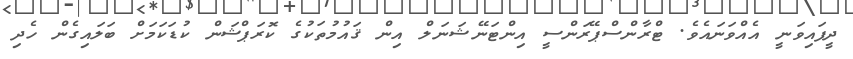
ދީފައިވަނީ އެއްވަނައެވެ. ޓްރާންސްޕޭރަންސީ އިންޓަނޭޝަނަލް އިން ޤައުމުތަކުގެ ކޮރަޕްޝަން ކުޑަކަމަށް ބަލައިގެން ހެދި